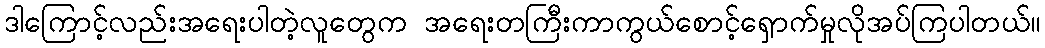
ဒါကြောင့်လည်းအရေးပါတဲ့လူတွေက အရေးတကြီးကာကွယ်စောင့်ရှောက်မှုလိုအပ်ကြပါတယ်။